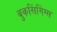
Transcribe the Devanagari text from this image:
बुकसिंगिंग्स